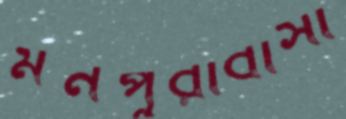
মনপুরাবাসী